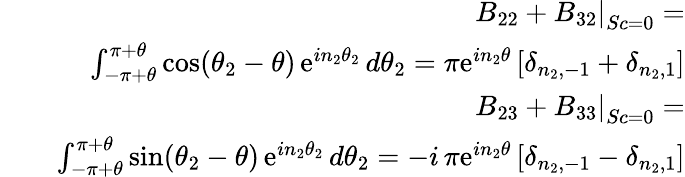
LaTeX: \begin{array}{rlr}&{}&{\left.B_{22}+B_{32}\right|_{Sc=0}=}\\ &{}&{\int_{-\pi+\theta}^{\pi+\theta}\mathrm{cos}(\theta_{2}-\theta)\, \mathrm{e}^{in_{2}\theta_{2}}\, d\theta_{2}=\pi\mathrm{e}^{in_{2}\theta}\left[\delta_{n_{2},-1}+\delta_{n_{2},1}\right]}\\ &{}&{\left.B_{23}+B_{33}\right|_{Sc=0}=}\\ &{}&{\int_{-\pi+\theta}^{\pi+\theta}\mathrm{sin}(\theta_{2}-\theta)\, \mathrm{e}^{in_{2}\theta_{2}}\, d\theta_{2}=-i\, \pi\mathrm{e}^{in_{2}\theta}\left[\delta_{n_{2},-1}-\delta_{n_{2},1}\right]}\end{array}